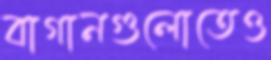
বাগানগুলোতেও